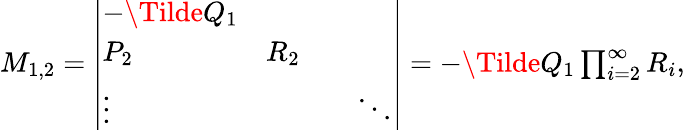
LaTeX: \begin{array}{r}{M_{1,2}=\left|\begin{array}{llll}{-\Tilde{Q}_{1}}&{}&{}&{}\\ {P_{2}}&{R_{2}}&{}\\ {\vdots}&{}&{}&{\ddots}\end{array}\right|=-\Tilde{Q}_{1}\prod_{i=2}^{\infty}R_{i},}\end{array}